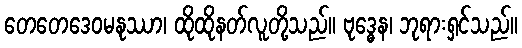
တေတေဒေဝမနုဿာ၊ ထိုထိုနတ်လူတို့သည်။ ဗုဒ္ဓေန၊ ဘုရားရှင်သည်။